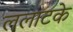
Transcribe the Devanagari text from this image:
ललाटके